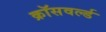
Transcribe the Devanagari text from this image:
क्रॉसवर्ल्ड